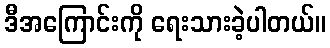
ဒီအကြောင်းကို ရေးသားခဲ့ပါတယ်။